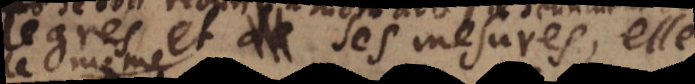
degrés et ses mesures, elle